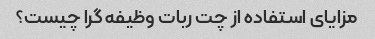
مزایای استفاده از چت ربات وظیفه گرا چیست؟